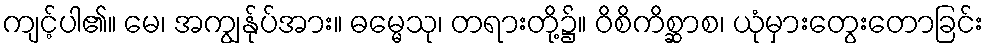
ကျင့်ပါ၏။ မေ၊ အကျွန်ုပ်အား။ ဓမ္မေသု၊ တရားတို့၌။ ဝိစိကိစ္ဆာစ၊ ယုံမှားတွေးတောခြင်း